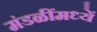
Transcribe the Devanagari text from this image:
मंडळींमध्यें